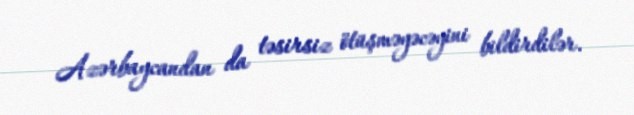
Azərbaycandan da təsirsiz ötüşməyəcəyini bildirdilər.